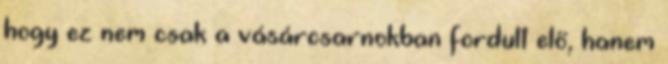
hogy ez nem csak a vásárcsarnokban fordult elő, hanem